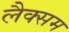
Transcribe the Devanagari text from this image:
लैक्सम